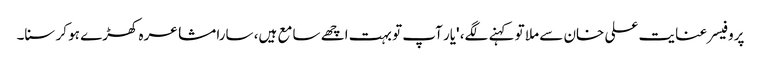
پروفیسر عنایت علی خان سے ملا تو کہنے لگے، 'یار آپ تو بہت اچھے سامع ہیں، سارا مشاعرہ کھڑے ہو کر سنا۔